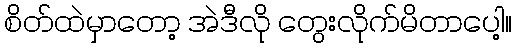
စိတ်ထဲမှာတော့ အဲဒီလို တွေးလိုက်မိတာပေါ့။